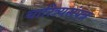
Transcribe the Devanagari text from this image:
चारित्र्यसंपन्न